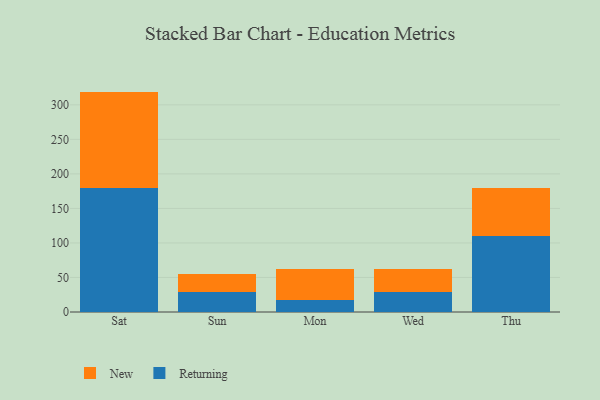
{"axis": {"x": "Day", "y": "Revenue (USD Million)"}, "legend": ["New", "Returning"], "data": [{"x": "Sat", "y": 179.1, "type": "Returning"}, {"x": "Sat", "y": 140.1, "type": "New"}, {"x": "Sun", "y": 28.8, "type": "Returning"}, {"x": "Sun", "y": 26.5, "type": "New"}, {"x": "Mon", "y": 16.8, "type": "Returning"}, {"x": "Mon", "y": 45.3, "type": "New"}, {"x": "Wed", "y": 29.0, "type": "Returning"}, {"x": "Wed", "y": 33.9, "type": "New"}, {"x": "Thu", "y": 109.5, "type": "Returning"}, {"x": "Thu", "y": 69.5, "type": "New"}]}